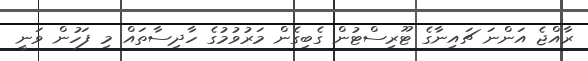
ރާއްޖެ އަންނަ ޗައިނާގެ ޓޫރިސްޓުން ގެބިގެން މަރުވުމުގެ ހާދިސާތައް މި ފަހުން ވަނީ